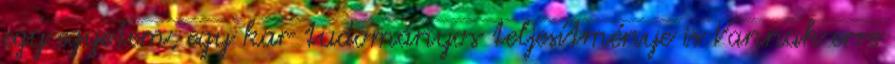
egy egyetem, egy kar tudományos teljesítménye is Vannak erre